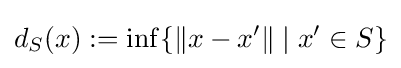
d_{S}(x):=\inf\{\|x-x'\|\mid x'\in S\}